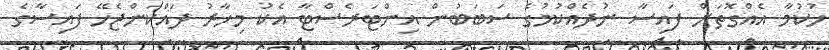
ހުކުމާ އެއްގޮތަށް ފައިސާ ނުދެއްކުމުގެ ސަބަބުން އިންޓަރެސްޓާ އެކު މިހާރު ދައްކަންޖެހޭ ފައިސާގެ